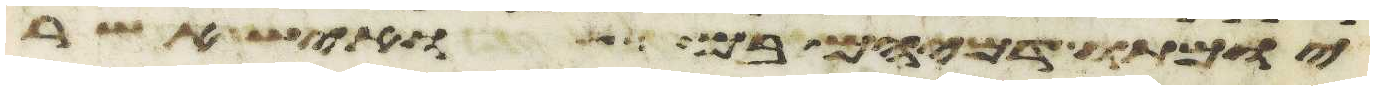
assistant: יומתו דמיהם בם ואיש אשר